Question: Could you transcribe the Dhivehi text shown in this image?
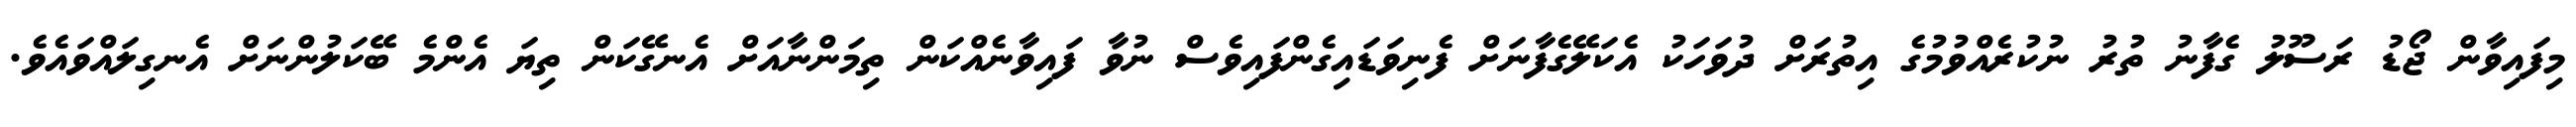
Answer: މިފައިވާން ޖޯޑު ރަސޫލު ގެފާނު ތުރު ނުކުރެއްވުމުގެ އިތުރަށް ދުވަހަކު އެކަލޭގެފާނަށް ފެނިވަޑައިގެންފައިވެސް ނުވާ ފައިވާނެއްކަން ތިމަންނާއަށް އެނގޭކަން ތިޔަ އެންމެ ބޭކަލުންނަށް އެނގިލައްވައެވެ.